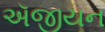
ઍજીયન